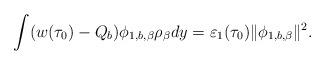
LaTeX: \begin{align*} \int ( w(\tau_0) -Q_b ) \phi_{1, b, \beta} \rho_\beta dy=\varepsilon_1(\tau_0) \|\phi_{1, b, \beta}\|^2.\end{align*}